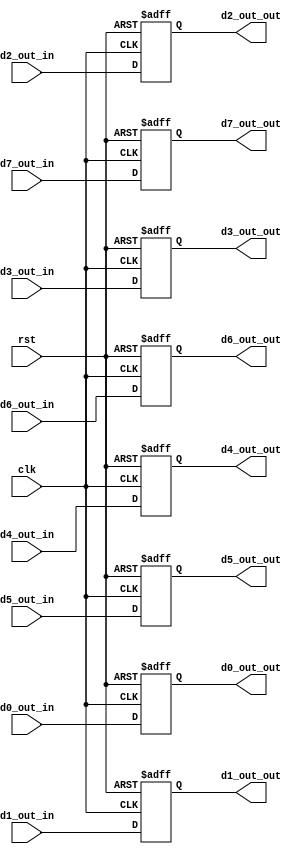
module Reg_MAN (             //
        clk,
        rst,
        d0_out_in,
        d1_out_in,
        d2_out_in,
        d3_out_in,
        d4_out_in,
        d5_out_in,
        d6_out_in,
        d7_out_in,
        d0_out_out,
        d1_out_out,
        d2_out_out,
        d3_out_out,
        d4_out_out,
        d5_out_out,
        d6_out_out,
        d7_out_out,
    );

    input clk,rst;
    input [9:0] d0_out_in,d1_out_in,d2_out_in,d3_out_in,d4_out_in,d5_out_in,d6_out_in,d7_out_in;
    output reg [9:0] d0_out_out,d1_out_out,d2_out_out,d3_out_out,d4_out_out,d5_out_out,d6_out_out,d7_out_out;



    always @(posedge clk or posedge rst) 
    begin
        if (rst) 
        begin
            d0_out_out <= 10'b0000000000;
            d1_out_out <= 10'b0000000000;   
            d2_out_out <= 10'b0000000000;
            d3_out_out <= 10'b0000000000;
            d4_out_out <= 10'b0000000000;
            d5_out_out <= 10'b0000000000;
            d6_out_out <= 10'b0000000000;
            d7_out_out <= 10'b0000000000;
        end
        else
        begin
            d0_out_out <= d0_out_in;
            d1_out_out <= d1_out_in;   
            d2_out_out <= d2_out_in;
            d3_out_out <= d3_out_in;
            d4_out_out <= d4_out_in;
            d5_out_out <= d5_out_in;
            d6_out_out <= d6_out_in;
            d7_out_out <= d7_out_in;
        end    
    end

endmodule